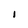
Character: 1